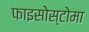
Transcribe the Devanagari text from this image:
फाइसोस्टोमा